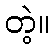
တဲ့။